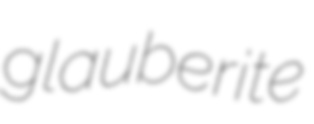
glauberite